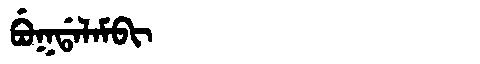
Manchu: ᠪᡠᡴᡩᠠᠯᠠᠮᠪᡳ
Romanization: BUKDALAMBI